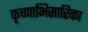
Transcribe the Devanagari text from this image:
कृष्णाभिसारिका